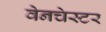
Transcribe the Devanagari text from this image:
वेनचेस्टर